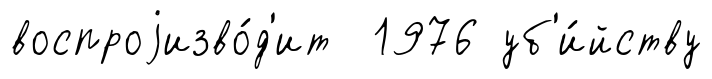
воспроjизво́д'ит 1976 уб'и́йству